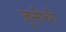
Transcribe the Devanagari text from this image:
जुनीची